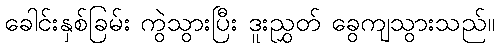
ခေါင်းနှစ်ခြမ်း ကွဲသွားပြီး ဒူးညွှတ် ခွေကျသွားသည်။